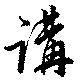
講